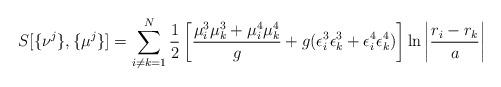
LaTeX: \begin{align*}S [ \{ \nu^j \} , \{ \mu^j \} ] =\sum_{ i \neq k =1}^N \frac{1}{2} \left[ \frac{ \mu^3_i \mu^3_k +\mu^4_i \mu^4_k}{g} + g ( \epsilon_i^3 \epsilon_k^3 + \epsilon_i^4\epsilon_k^4 ) \right] \ln \left| \frac{ r_i - r_k}{a} \right|\end{align*}